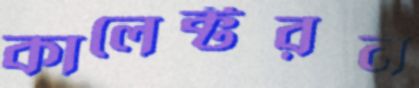
কালেক্টরন